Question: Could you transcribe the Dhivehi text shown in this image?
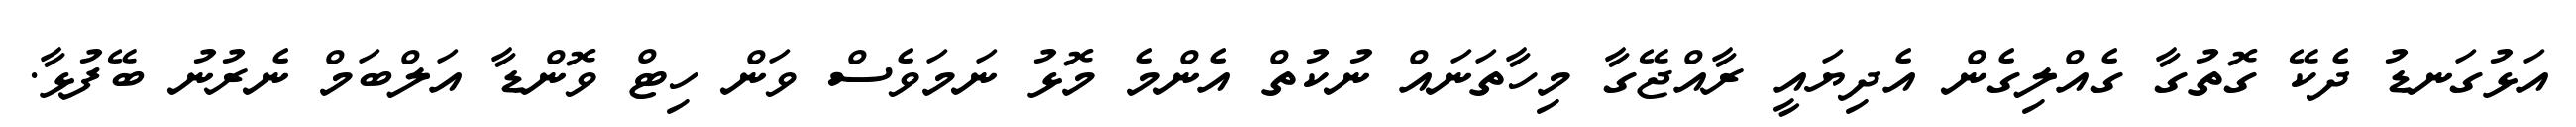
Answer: އަޅުގަނޑު ދެކޭ ގޮތުގާ ގެއްލިގެން އެދިޔައީ ރާއްޖޭގާ މިހާތަނައް ނުކުތް އެންމެ މޮޅު ނަމަވެސް ވަން ހިޓް ވޮންޑާ އަލްބަމް ނެރުނު ބޭފުޅާ.